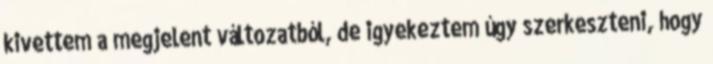
kivettem a megjelent változatból, de igyekeztem úgy szerkeszteni, hogy